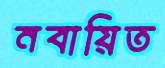
নবায়িত